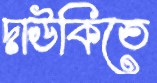
দাউকিতে